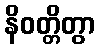
နိဝတ္တိတွာ